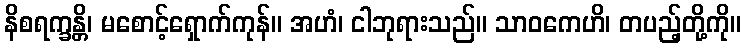
နိစရက္ခန္တိ၊ မစောင့်ရှောက်ကုန်။ အဟံ၊ ငါဘုရားသည်။ သာဝကေဟိ၊ တပည့်တို့ကို။